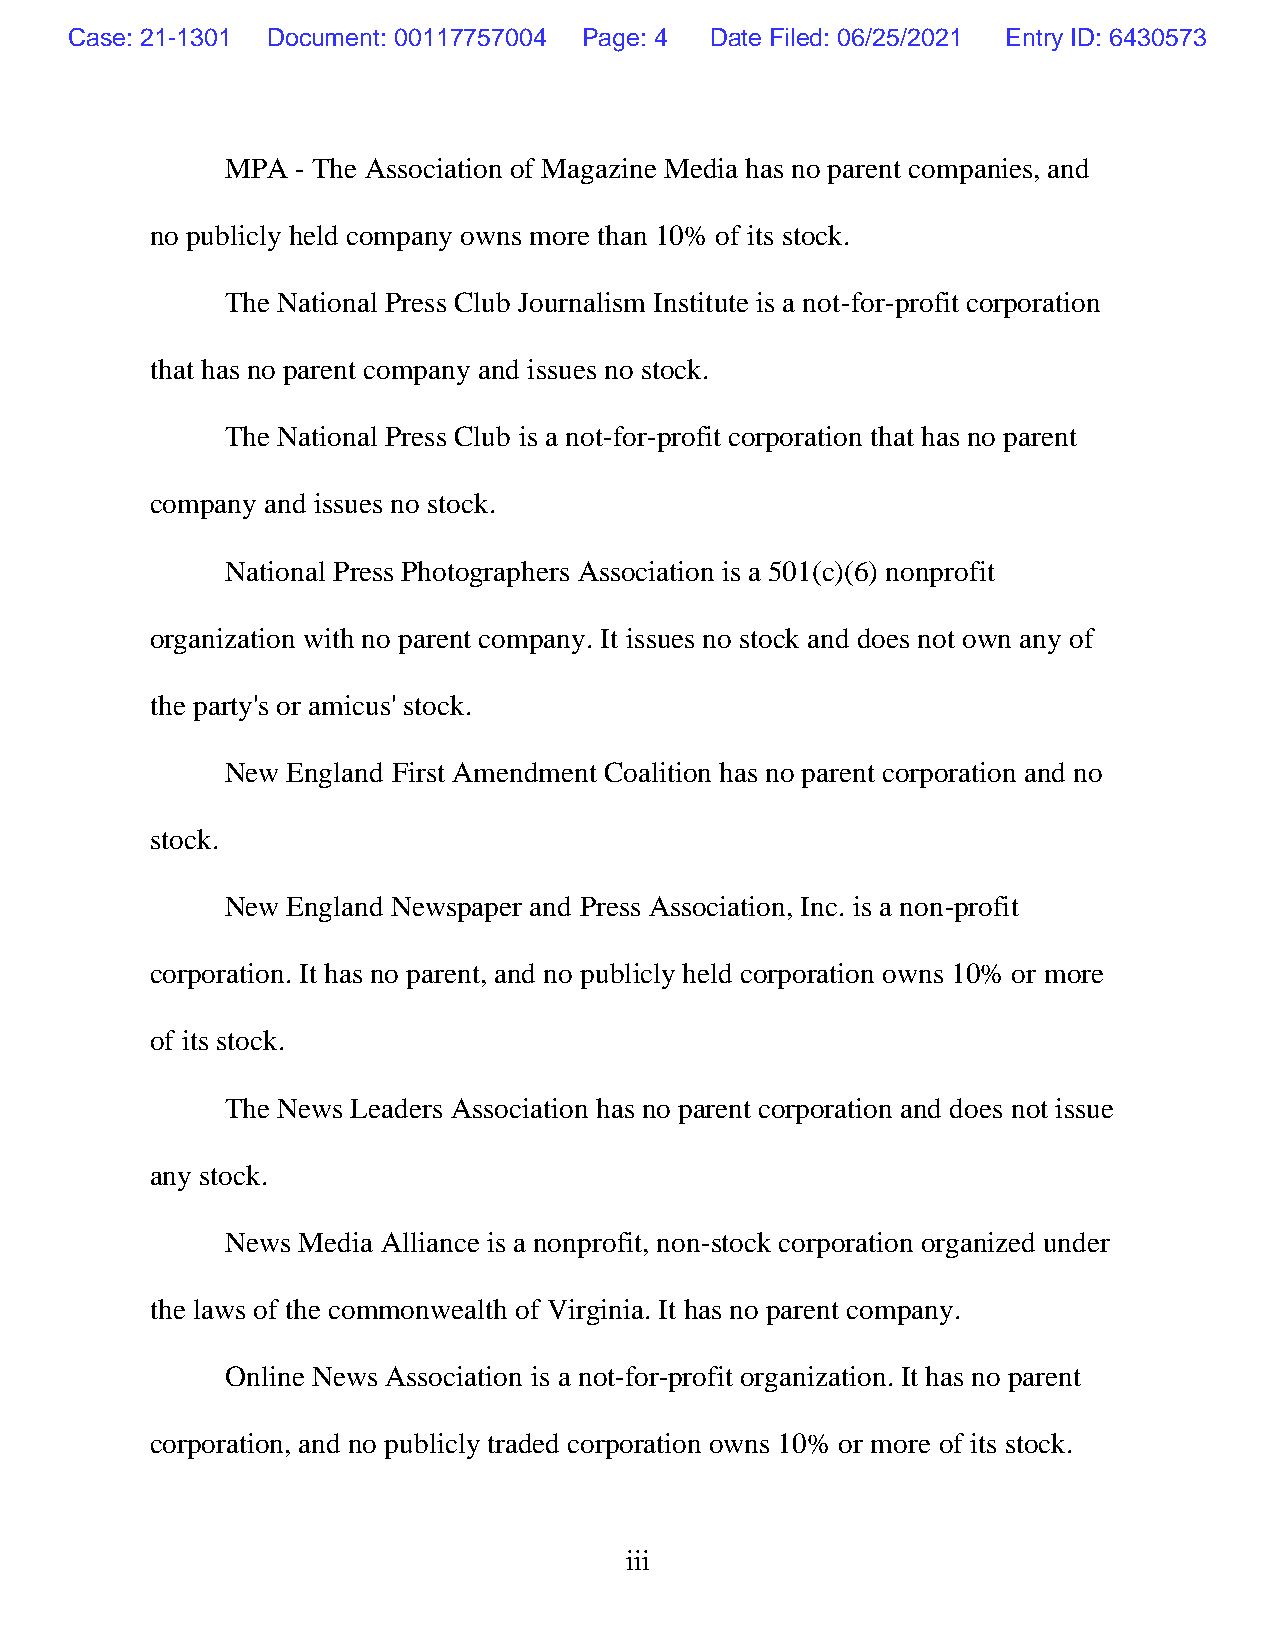
Case: 21-1301 Document: 00117757004 Page: 4 Date Filed: 06/25/2021 Entry ID: 6430573
 MPA  - The Association of Magazine Media has no parent companies, and
 no publicly held company owns more than 10% of its stock.
 The National Press Club Journalism Institute is a not-for-profit corporation
 that has no parent company and issues no stock.
 The National Press Club is a not-for-profit corporation that has no parent
 company and issues no stock.
 National Press Photographers Association is a 501(c)(6) nonprofit
 organization with no parent company. It issues no stock and does not own any of
 the party's or amicus' stock.
 New England First Amendment Coalition has no parent corporation and no
 stock.
 New England Newspaper and Press Association, Inc. is a non-profit
 corporation. It has no parent, and no publicly held corporation owns 10% or more
 of its stock.
 The News Leaders Association has no parent corporation and does not issue
 any stock.
 News Media Alliance is a nonprofit, non-stock corporation organized under
 the laws of the commonwealth of Virginia. It has no parent company.
 Online News Association is a not-for-profit organization. It has no parent
 corporation, and no publicly traded corporation owns 10% or more of its stock.
 iii